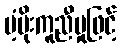
ပံ့ပိုးကူညီမှုဖြင့်